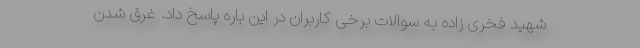
شهید فخری زاده به سوالات برخی کاربران در این باره پاسخ داد. غرق شدن